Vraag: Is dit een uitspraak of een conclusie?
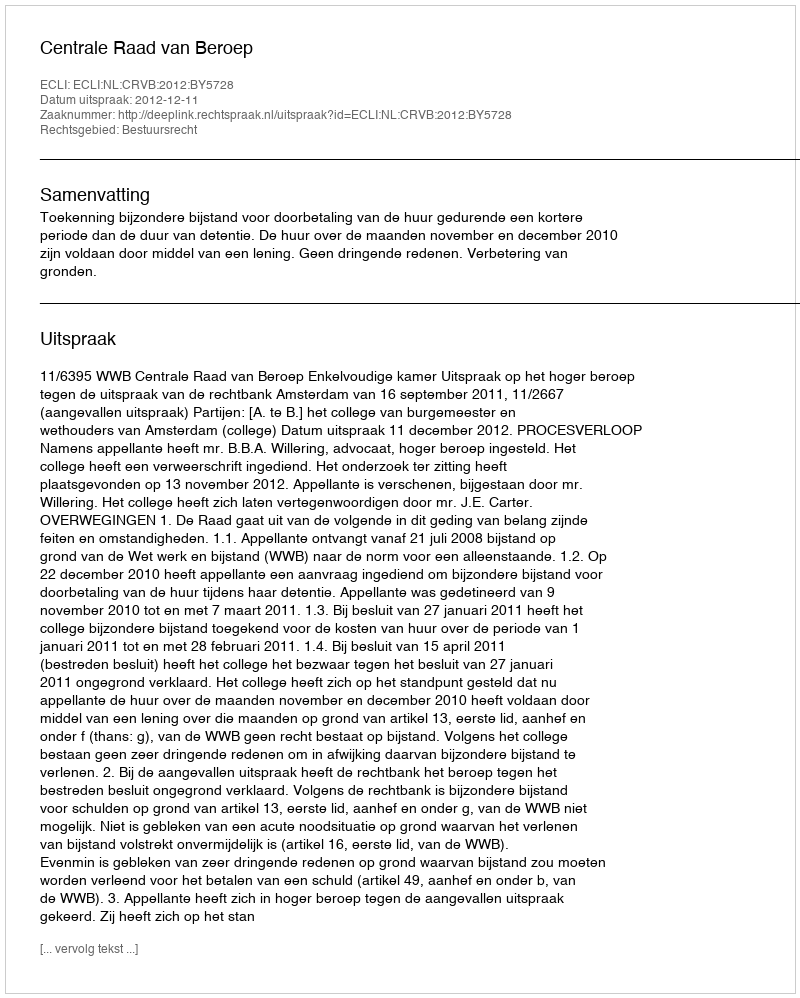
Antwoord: Uitspraak